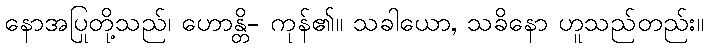
နောအပြုတို့သည်၊ ဟောန္တိ- ကုန်၏။ သခါယော, သခိနော ဟူသည်တည်း။